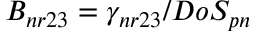
B _ { n r 2 3 } = \gamma _ { n r 2 3 } / D o S _ { p n }